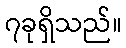
၇ခုရှိသည်။